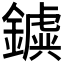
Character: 𨮗